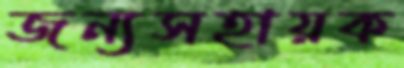
জন্যসহায়ক